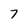
Character: 7